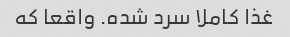
غذا کاملا سرد شده. واقعا که